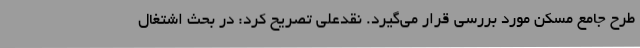
طرح جامع مسکن مورد بررسی قرار می‌گیرد. نقدعلی تصریح کرد: در بحث اشتغال